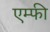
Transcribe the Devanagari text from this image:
एम्फी